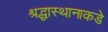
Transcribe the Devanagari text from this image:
श्रद्धास्थानाकडे